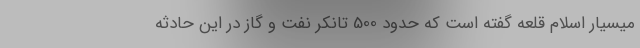
میسیار اسلام قلعه گفته است که حدود 500 تانکر نفت و گاز در این حادثه